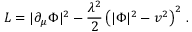
{ \cal L } = | \partial _ { \mu } \Phi | ^ { 2 } - { \frac { \lambda ^ { 2 } } { 2 } } \left( | \Phi | ^ { 2 } - v ^ { 2 } \right) ^ { 2 } \, .